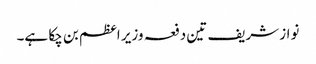
نواز شریف تین دفعہ وزیر اعظم بن چکا ہے۔